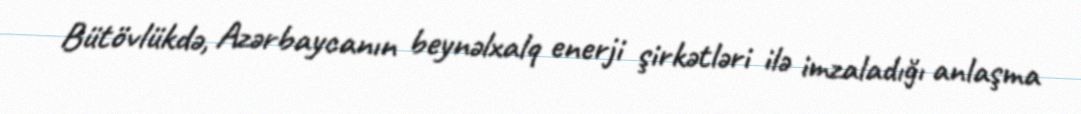
Bütövlükdə, Azərbaycanın beynəlxalq enerji şirkətləri ilə imzaladığı anlaşma